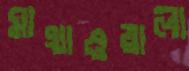
মাথাওয়ালা